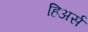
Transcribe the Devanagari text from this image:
हिअर्स